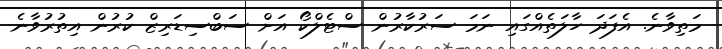
މަތިވާނެ. އެފަދަ ހާލަތެއްގައި ނަމަ ސަރުކާރުން ސްޓެލްކޯ އަށް ސަބްސިޑަރިޒް ކުރުން އިތުރުވާނެ